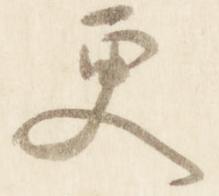
更